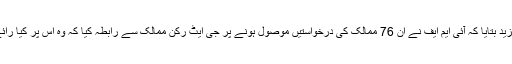
حکام نے مزید بتایا کہ آئی ایم ایف نے ان 76 ممالک کی درخواستیں موصول ہونے پر جی ایٹ رکن ممالک سے رابطہ کیا کہ وہ اس پر کیا رائے دیں گے۔